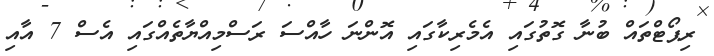
ރިޕޯޓްތައް ބުނާ ގޮތުގައި އެމެރިކާގައި އޮންނަ ހާއްސަ ރަސްމިއްޔާތެއްގައި އެސް 7 އާއި